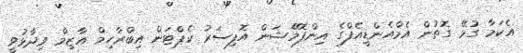
އެކަމާ ގުޅޭ ގޮތުން އެމްއެންޑީއެފްގެ އިންފޮމޭޝަން އޮފިސަރު ކެޕްޓަން އިބްރާހިމް އާޒިމް ވިދާޅުވީ